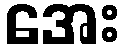
အေး